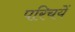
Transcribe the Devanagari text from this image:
परिचयें